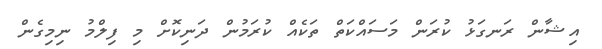
އިޝާން ރަނގަޅު ކުރަން މަސައްކަތް ތަކެއް ކުރަމުން ދަނިކޮށް މި ފިލްމު ނިމިގެން